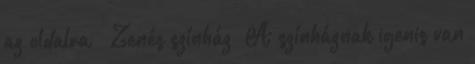
az oldalra » Zenés színház “A színháznak igenis van